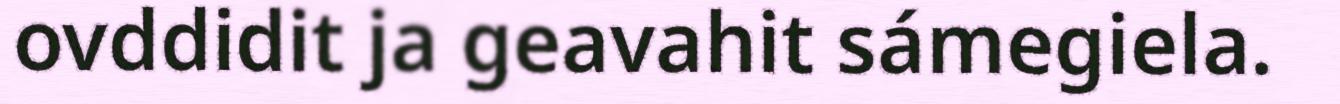
ovddidit ja geavahit sámegiela.